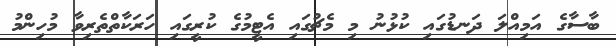
ބާސާގެ އަމިއްލަ ދަނޑުގައި ކުޅުނު މި މެޗުގައި އެޓީމުގެ ކުރީގައި ހަރަކާތްތެރިވާ މުހިންމު